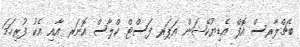
ބެޗްލާރސް އޮފް އެޑިޔުކޭޝަން އަޕަރ ފަސްޓް ކްލާސް އޮނަރ އާއި އެކު ފުރިހަމަ